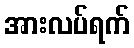
အားလပ်ရက်